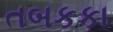
તબકકા